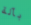
بآلة